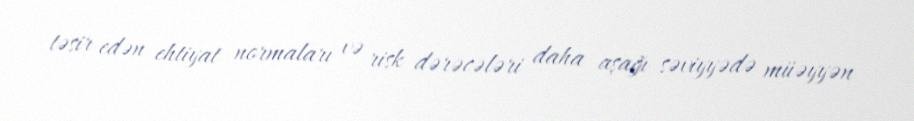
təsir edən ehtiyat normaları və risk dərəcələri daha aşağı səviyyədə müəyyən